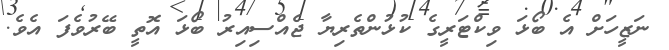
ނަޒީހަށް އެ ބޯޅަ ވިކްޓަރީގެ ކުޅުންތެރިޔާ ޖެއްސިއިރު ބޯޅަ އޮތީ ބޭރުވެފަ އެވެ.